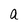
Character: a